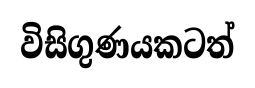
විසිගුණයකටත්